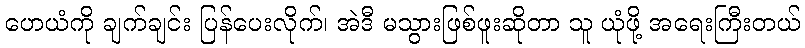
ဟေယံကို ချက်ချင်း ပြန်ပေးလိုက်၊ အဲဒီ မသွားဖြစ်ဖူးဆိုတာ သူ ယုံဖို့ အရေးကြီးတယ်